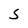
Character: s